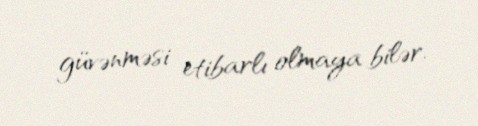
güvənməsi etibarlı olmaya bilər.